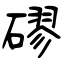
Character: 磟